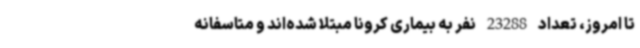
تا امروز، تعداد 23288 نفر به بیماری کرونا مبتلا شده‌اند و متاسفانه